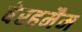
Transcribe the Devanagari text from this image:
बेरहमैम